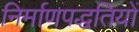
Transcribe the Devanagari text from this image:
निर्माणपद्धतियों